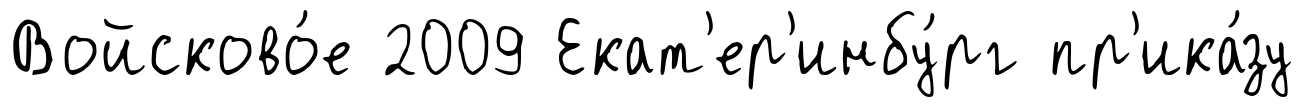
Войсково́е 2009 Екат'ер'инбу́рг пр'ика́зу